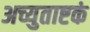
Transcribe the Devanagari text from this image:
अच्युताष्टकं